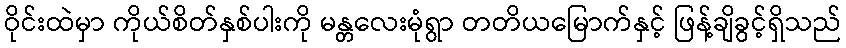
ဝိုင်းထဲမှာ ကိုယ်စိတ်နှစ်ပါးကို မန္တလေးမုံရွာ တတိယမြောက်နှင့် ဖြန့်ချိခွင့်ရှိသည်